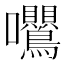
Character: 𭍕